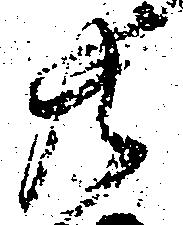
共